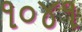
૧૦૪૧